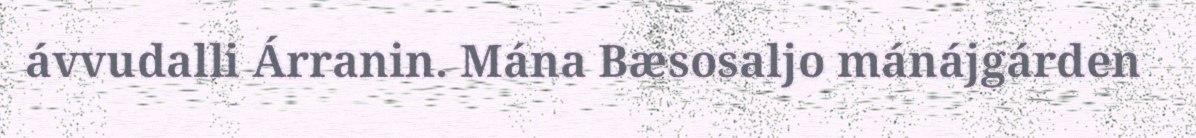
ávvudalli Árranin. Mána Bæsosaljo mánájgárden